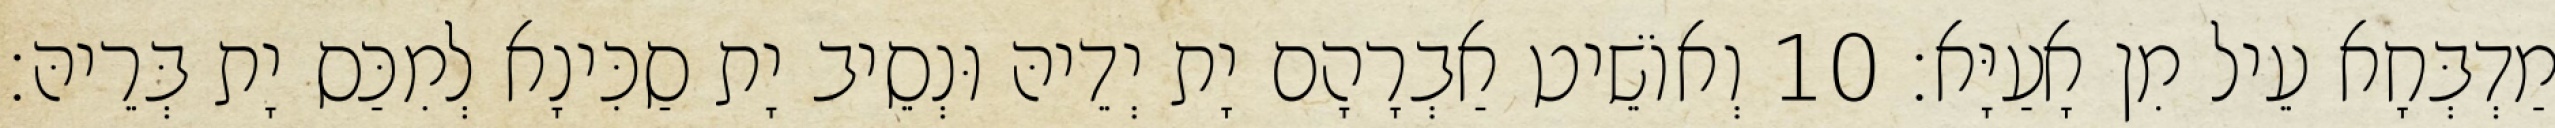
מַדְבְּחָא עֵיל מִן אָעַיָּא׃ 10 וְאוֹשֵׁיט אַבְרָהָם יָת יְדֵיהּ וּנְסֵיב יָת סַכִּינָא לְמִכַּס יָת בְּרֵיהּ׃